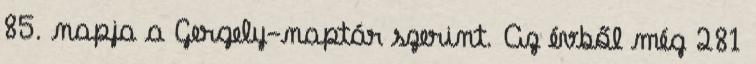
85. napja a Gergely-naptár szerint. Az évből még 281